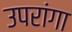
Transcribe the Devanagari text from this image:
उपरांगा